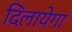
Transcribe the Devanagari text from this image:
दिलायेगा